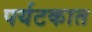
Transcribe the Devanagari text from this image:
पर्यटकात